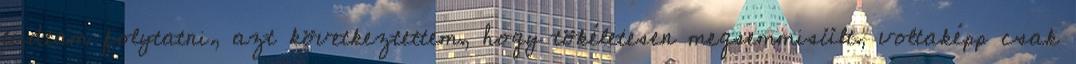
tudtam folytatni, azt következtettem, hogy tökéletesen megsemmisült, voltaképp csak